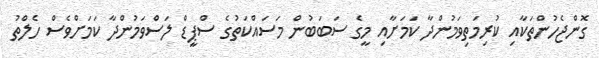
ގޮންޖެހުންތަކާއި ކުރިމަތިވަމުންދާ ކަމަށާއި މީގެ ސަބަބުން މަސައްކަތުގެ ސްޕީޑް ލަސްވަމުންދާ ކަމަށްވެސް ހެލްތު